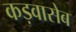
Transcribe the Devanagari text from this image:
कड़वासेब